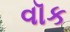
વૉક